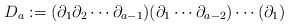
\begin{align*}D_a:= (\partial_1 \partial_2 \cdots \partial_{a-1})(\partial_1\cdots \partial_{a-2})\cdots (\partial_1)\end{align*}